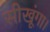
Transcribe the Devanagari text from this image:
सीखूंगा।